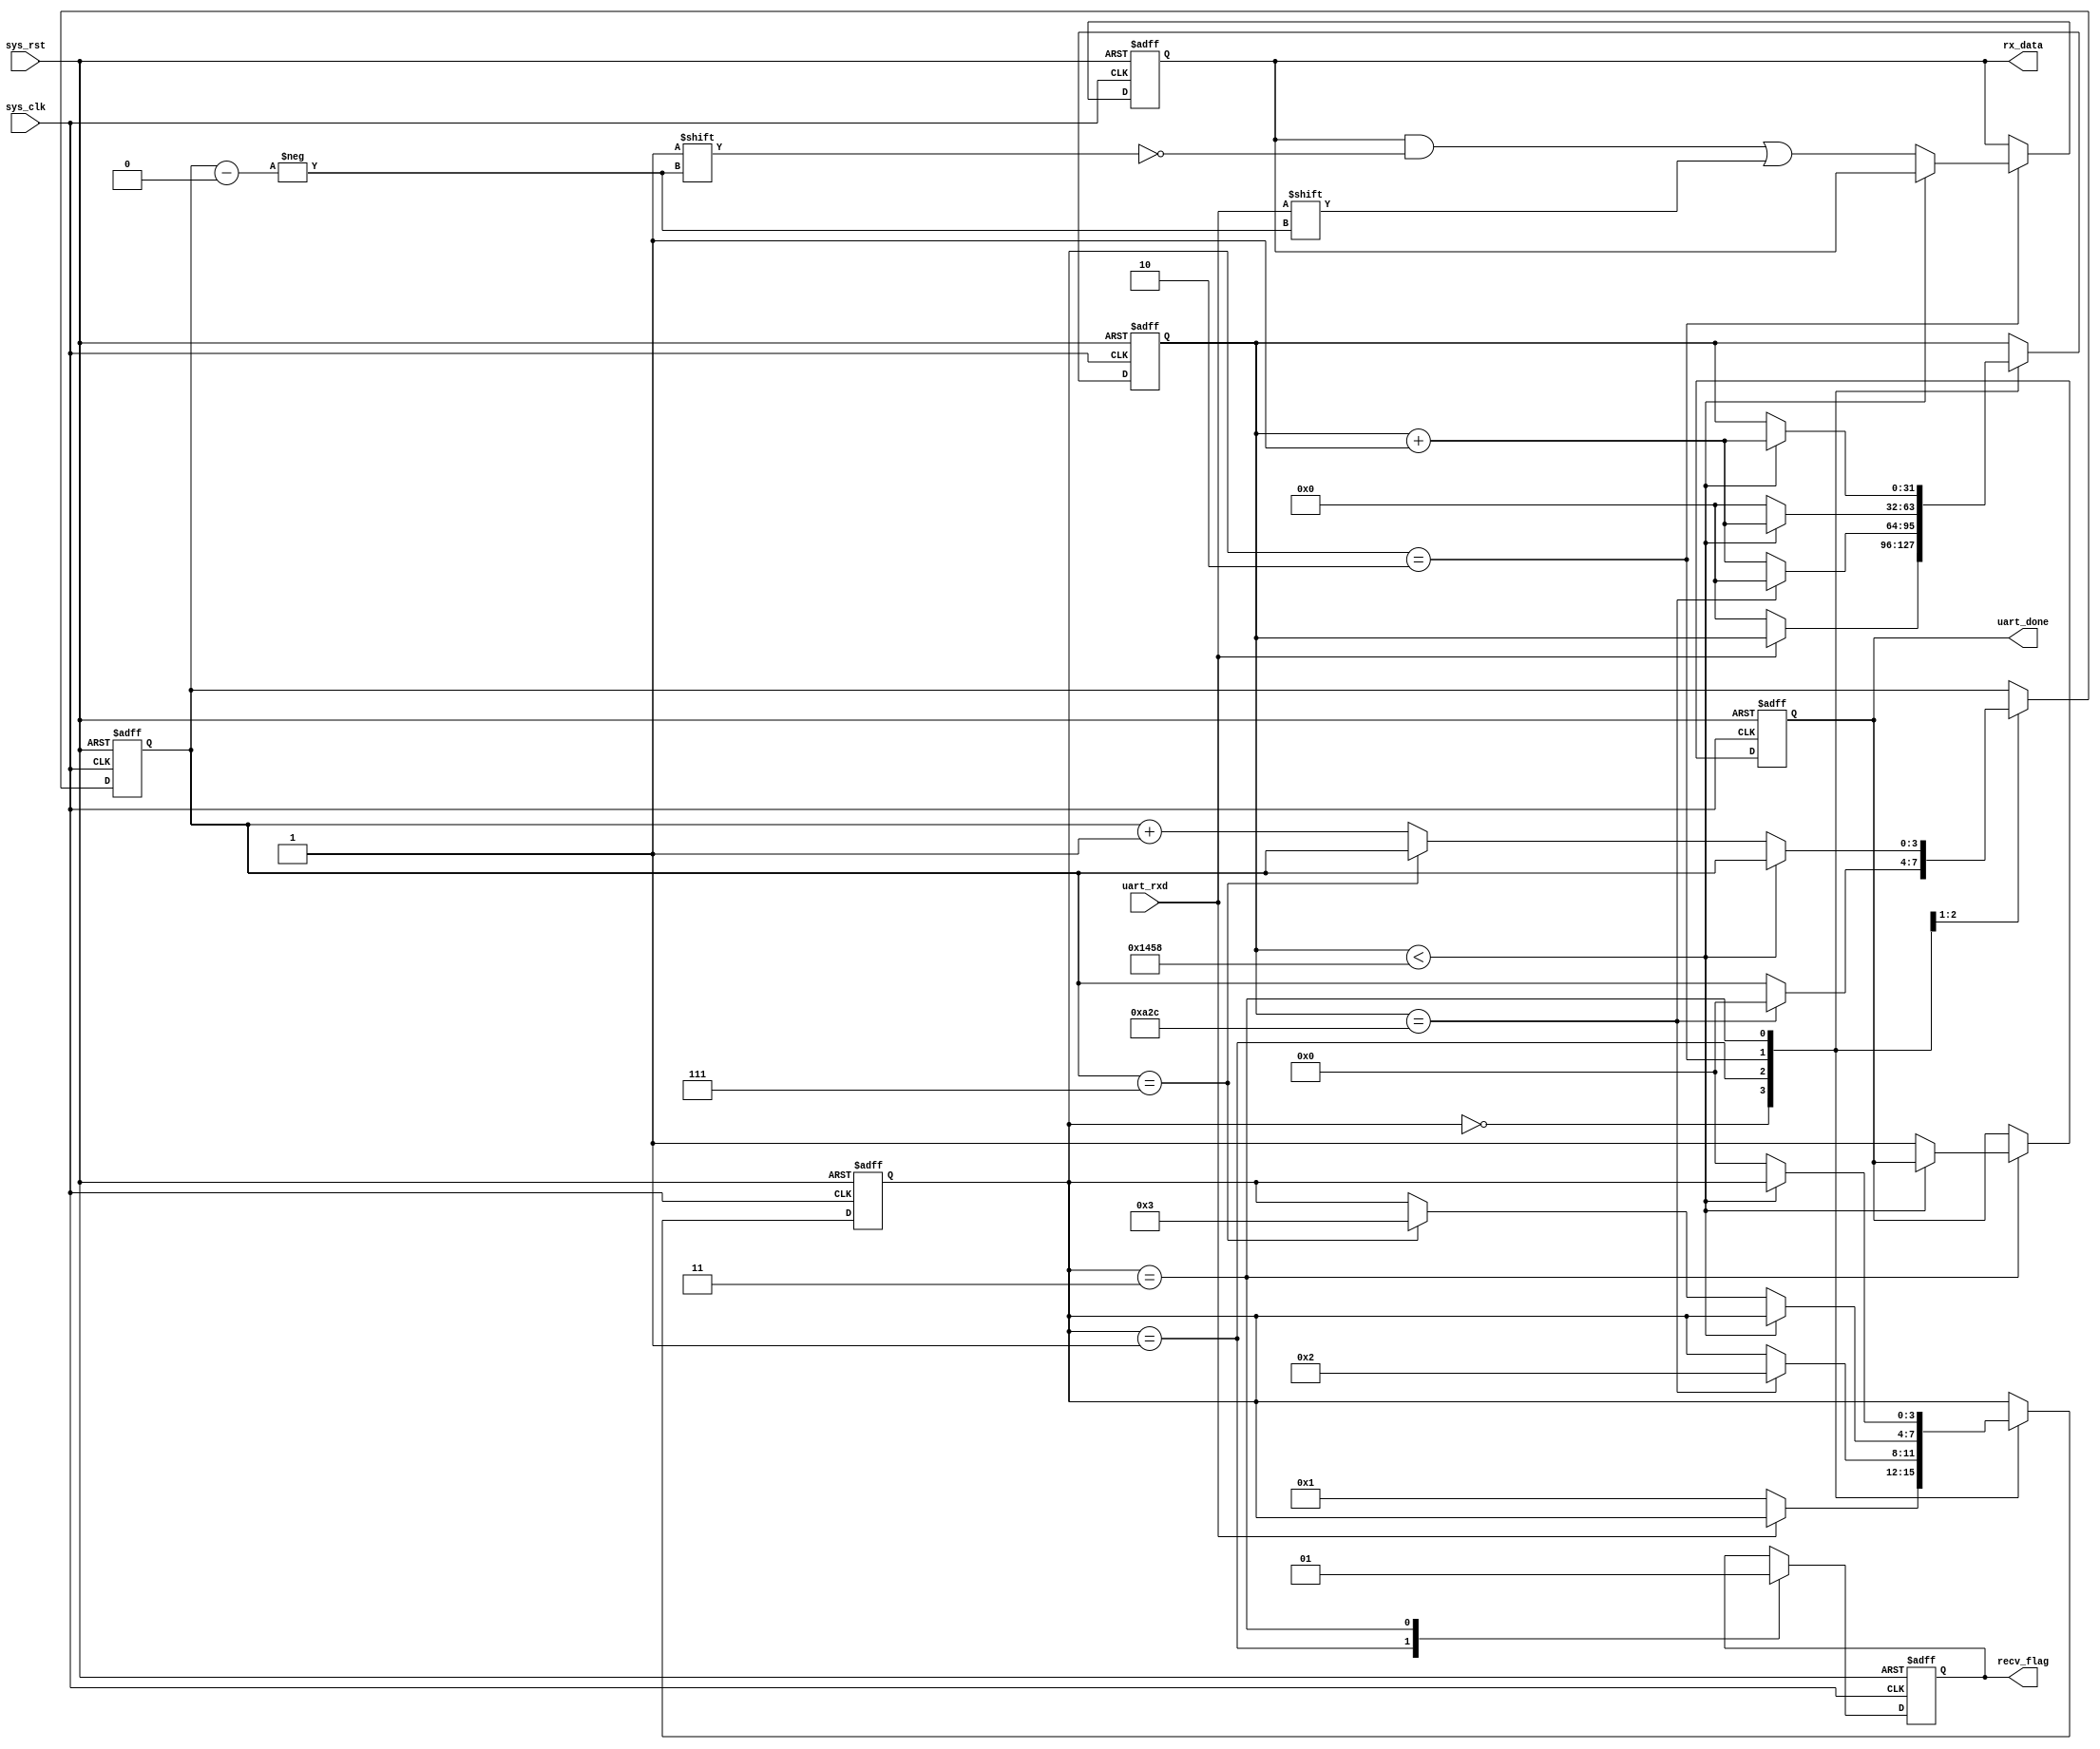
module uart_receiver (
    input wire sys_clk,
    input wire sys_rst,
    input wire uart_rxd,
    output reg [7:0] rx_data,
    output reg uart_done,
    output reg recv_flag    //LED
);
    parameter buadrate = 9600;
    localparam CLK_FREQ = 50000000;
    localparam BIT_PERIOD = CLK_FREQ / buadrate; // 5208 cycles

    localparam IDLE = 4'b0000;
    localparam START = 4'b0001;
    localparam DATA = 4'b0010;
    localparam STOP = 4'b0011;

    reg [3:0] state = IDLE;
    reg [31:0] bit_cnt = 0;
    reg [3:0] bit_idx = 0;
    reg bit_flag = 0;

    always @(posedge sys_clk or negedge sys_rst) begin
        if (!sys_rst) begin
            state <= IDLE;
            recv_flag <= 1;
            uart_done <= 0;
            bit_cnt <= 0;
            bit_idx <= 0;
            rx_data <= 8'b11111111;
        end else begin
            case (state)
                IDLE: begin
                    if (uart_rxd == 0) begin
                        state <= START;
                        bit_cnt <= 0;
                    end
                end
                START: begin
                    recv_flag <= 0;
                    if (bit_cnt == (BIT_PERIOD/2)) begin
                        state <= DATA;
                        bit_cnt <= 0;
                        bit_idx <= 0;
                    end else begin
                        bit_cnt <= bit_cnt + 1;
                    end
                end
                DATA: begin
                    if (bit_cnt < BIT_PERIOD) begin
                        bit_cnt <= bit_cnt + 1;
                    end else begin
                        bit_cnt <= 0;
                        rx_data[bit_idx] <= uart_rxd;
                        if (bit_idx == 7) begin
                            state <= STOP;
                        end else begin
                            bit_idx <= bit_idx + 1;
                        end
                    end
                end
                STOP: begin
                        recv_flag <= 1;
                    if (bit_cnt < BIT_PERIOD) begin
                        bit_cnt <= bit_cnt + 1;
                    end else begin
                        state <= IDLE;
                        uart_done <= 1;
                    end
                end
            endcase
        end
    end
endmodule